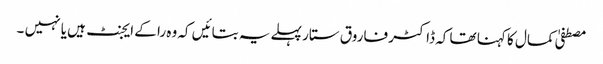
مصطفیٰ کمال کا کہنا تھا کہ ڈاکٹر فاروق ستار پہلے یہ بتائیں کہ وہ را کے ایجنٹ ہیں یا نہیں ۔